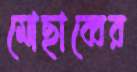
মোছাব্বের